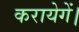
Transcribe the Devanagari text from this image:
करायेगें।